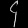
Digit: ၄